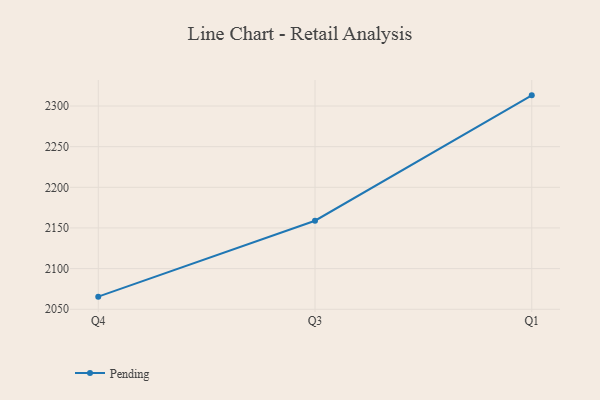
{"axis": {"x": "Quarter", "y": "Humidity (%)"}, "legend": ["Pending"], "data": [{"x": "Q4", "y": 2065.5, "type": "Pending"}, {"x": "Q3", "y": 2158.9, "type": "Pending"}, {"x": "Q1", "y": 2313.1, "type": "Pending"}]}